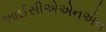
આઈસીએએનએન